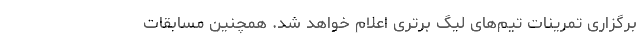
برگزاری تمرینات تیم‌های لیگ برتری اعلام خواهد شد. همچنین مسابقات